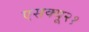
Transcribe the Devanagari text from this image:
एसक्यू२१